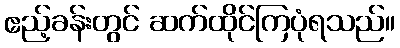
ဧည့်ခန်းတွင် ဆက်ထိုင်ကြပုံရသည်။